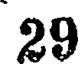
29